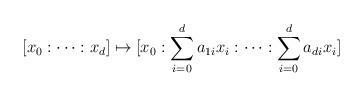
LaTeX: \begin{align*} [x_0:\dots :x_d]\mapsto [x_0:\sum_{i=0}^da_{1i}x_i:\dots:\sum_{i=0}^da_{di}x_i]\end{align*}